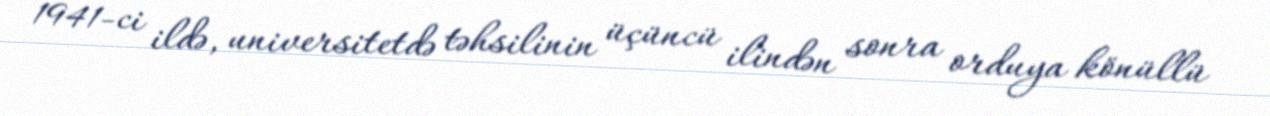
1941-ci ildə, universitetdə təhsilinin üçüncü ilindən sonra orduya könüllü